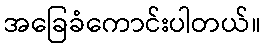
အခြေခံကောင်းပါတယ်။